Vaccination in Bombay 1924-1928 - 1924-1928
Year: 1924
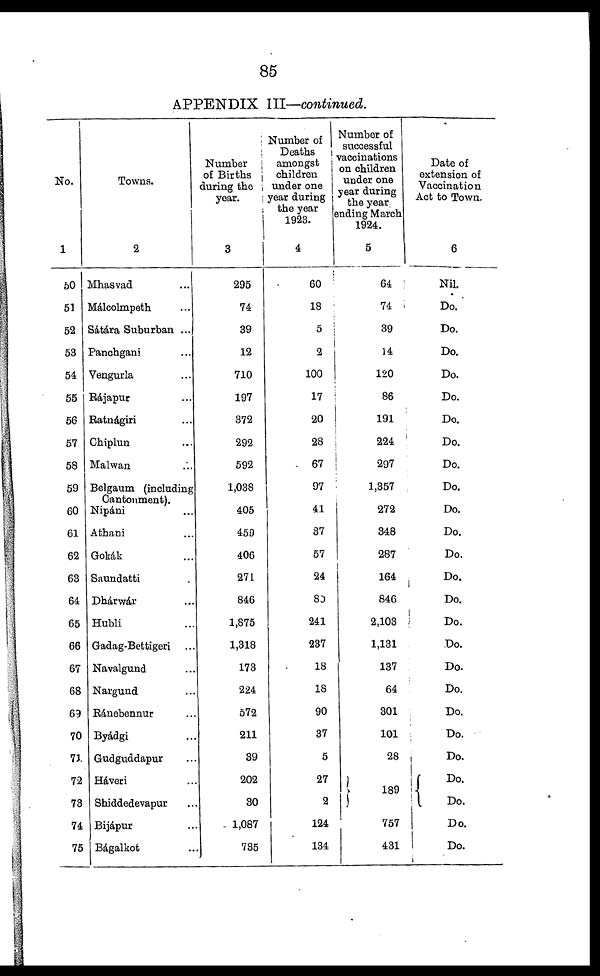
85
APPENDIX III—continued.
No.
1
50
51
52
53
54
55
56
57
58
59
60
61
62
63
64
65
66
67
68
69
70
73.
72
73
74
75
Towns.
2
Mhasvad ...
Málcolmpeth ...
Sátára Suburban ...
Panchgani ...
Vengurla ...
Rájapur ...
Ratnágìri ...
Chiplun ...
Malwan ...
Belgaum (including
Cantonment).
Nipáni ...
Athani ...
Gokák ...
Saundatti ...
Dhárwár ...
Hubli ...
Gadag-Bettigeri ...
Navalgund ...
Nargund ...
Ranebennur ...
Byádgi ...
Gudguddapur
Háveri ...
Shiddedevapur ...
Bijápur ...
Bágalkot ...
Number
of Births
during the
year.
3
295
74
39
12
710
197
372
292
592
1,038
405
450
406
271
846
1,875
1,318
173
224
572
211
39
202
30
1,087
735
Number of
Deaths
amongst
children
under one
year during
the year
1923.
4
60
18
5
2
100
17
20
28
67
97
41
37
57
24
80
241
237
18
18
90
37
5
27
2
124
134
Number of
successful
vaccinations
on children
under one
year during
the year,
ending March
1924.
5
64
74
39
14
120
86
191
224
297
1,357
272
348
287
164
846
2,103
1,131
137
64
301
101
28
189
757
431
Date of
extension of
Vaccination
Act to Town.
6
Nil.
Do.
Do.
Do.
Do.
Do.
Do.
Do.
Do.
Do.
Do.
Do.
Do.
Do.
Do.
Do.
Do.
Do.
Do.
Do.
Do.
Do.
Do.
Do.
Do.
Do.